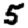
Digit: 5